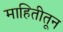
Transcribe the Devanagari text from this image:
माहितीतून